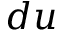
d u